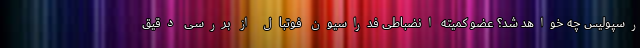
رسپولیس چه خواهد شد؟ عضو کمیته انضباطی فدراسیون فوتبال از بررسی دقیق